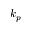
k _ { p }